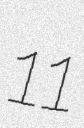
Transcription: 11